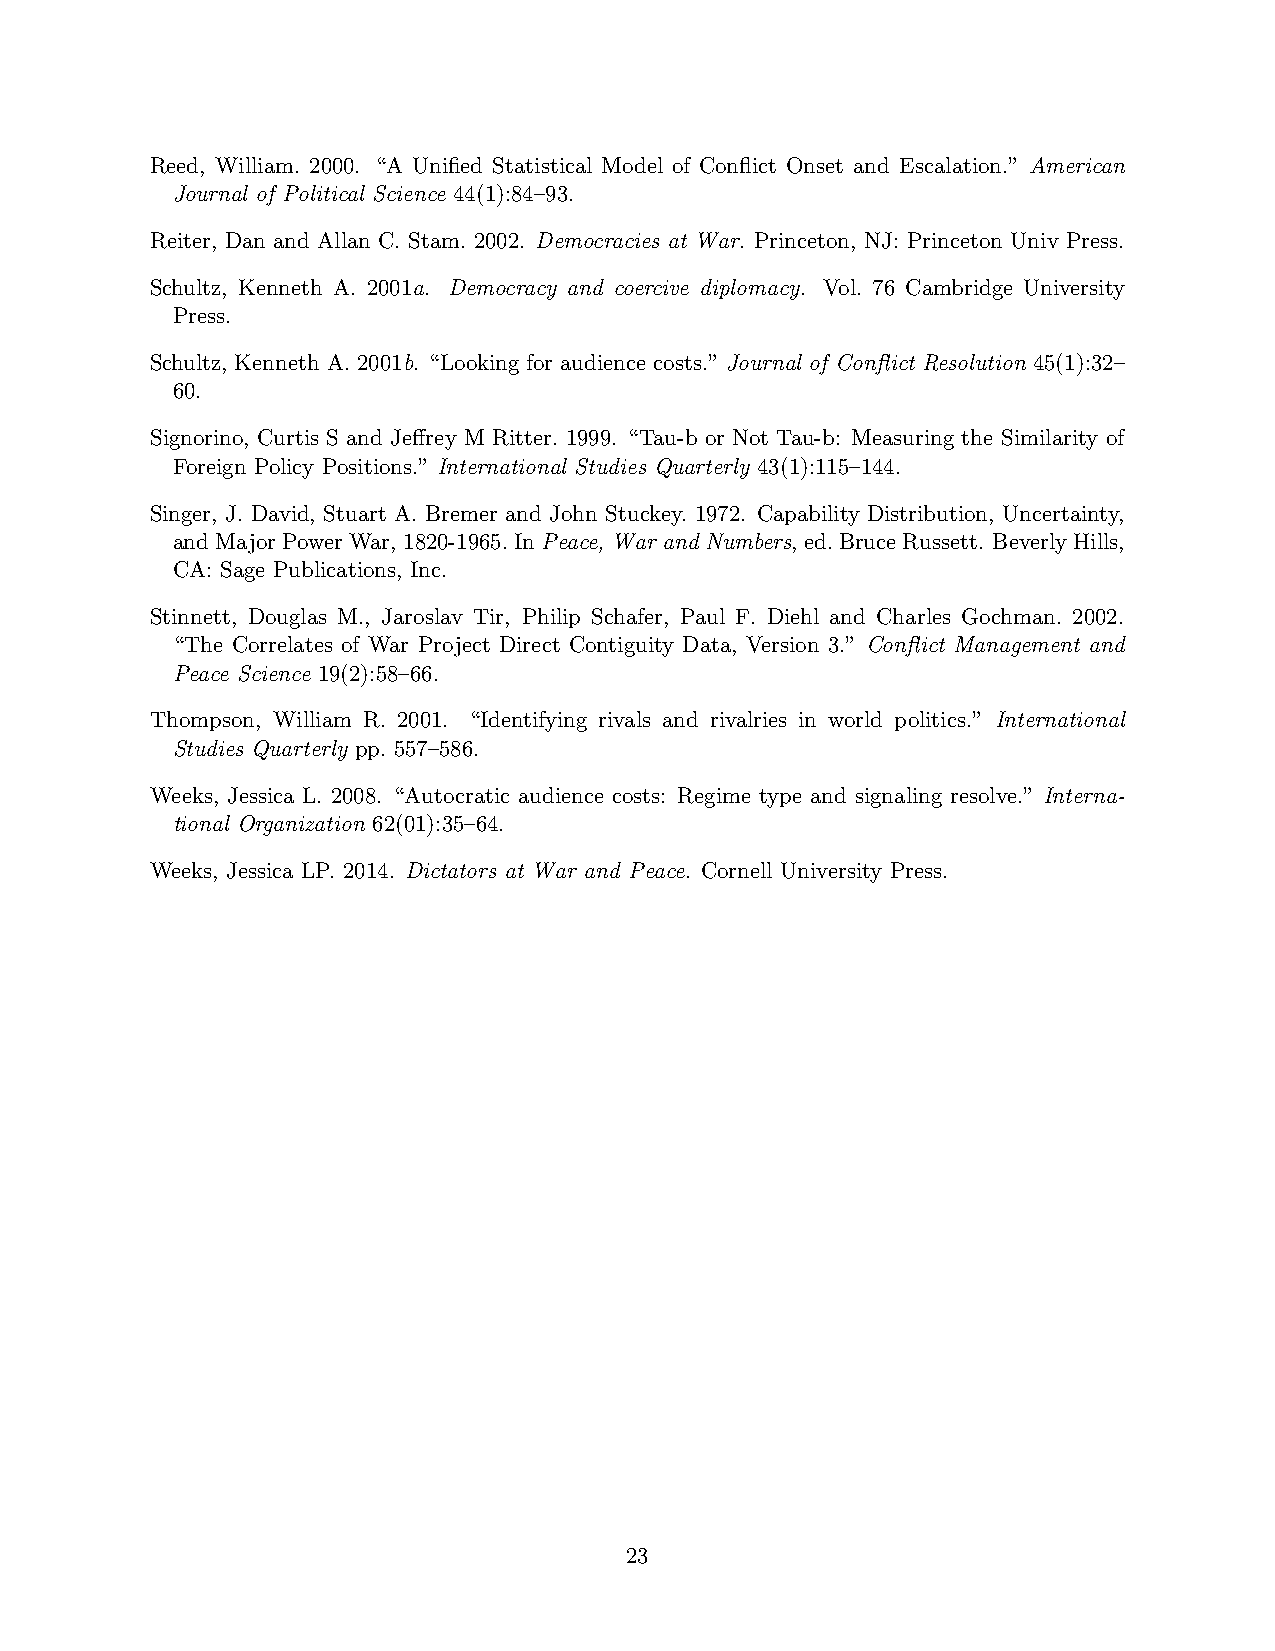
Reed, William. 2000. “A Unified Statistical Model of Conflict Onset and Escalation.” American
 Journal of Political Science 44(1):84–93.
 Reiter, Dan and Allan C. Stam. 2002. Democracies at War. Princeton, NJ: Princeton Univ Press.
 Schultz, Kenneth A. 2001a. Democracy and coercive diplomacy. Vol. 76 Cambridge University
 Press.
 Schultz, Kenneth A. 2001b. “Looking for audience costs.” Journal of Conflict Resolution 45(1):32–
 60.
 Signorino, Curtis S and Jeffrey M Ritter. 1999. “Tau-b or Not Tau-b: Measuring the Similarity of
 Foreign Policy Positions.” International Studies Quarterly 43(1):115–144.
 Singer, J. David, Stuart A. Bremer and John Stuckey. 1972. Capability Distribution, Uncertainty,
 andMajorPowerWar, 1820-1965.InPeace, War and Numbers, ed.BruceRussett. BeverlyHills,
 CA: Sage Publications, Inc.
 Stinnett, Douglas M., Jaroslav Tir, Philip Schafer, Paul F. Diehl and Charles Gochman. 2002.
 “The Correlates of War Project Direct Contiguity Data, Version 3.” Conflict Management and
 Peace Science 19(2):58–66.
 Thompson, William R. 2001. “Identifying rivals and rivalries in world politics.” International
 Studies Quarterly pp. 557–586.
 Weeks, Jessica L. 2008. “Autocratic audience costs: Regime type and signaling resolve.” Interna-
 tional Organization 62(01):35–64.
 Weeks, Jessica LP. 2014. Dictators at War and Peace. Cornell University Press.
 23